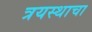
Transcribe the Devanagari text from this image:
त्रयस्थाचा